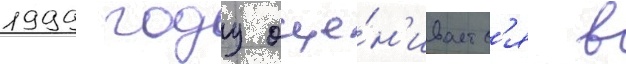
1999 году оце́н'иваетс'я в